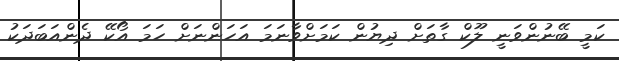
ކަމީ ބޭނުންވަނީ ލޫކް ގާތަށް ދިޔުން ކަމަށްވާނަމަ އަހަންނަށް ހަމަ އޯކޭ ދެންއަބަދަކު